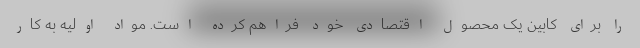
را برای کابین یک محصول اقتصادی خود فراهم کرده است. مواد اولیه به کار